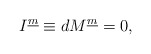
\begin{align*}I^{\underline{m}} \equiv dM^{\underline{m}} = 0 ,\end{align*}